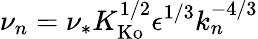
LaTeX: \nu_{n}=\nu_{*}K_{\mathrm{Ko}}^{1/2}\epsilon^{1/3}k_{n}^{-4/3}